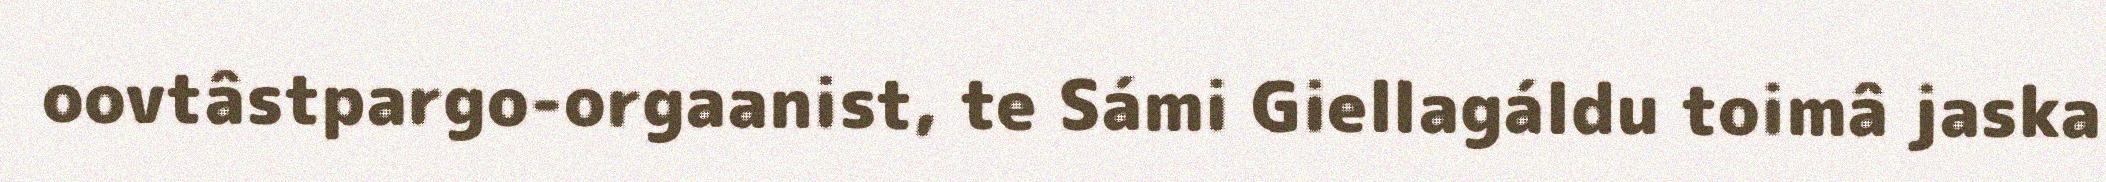
oovtâstpargo-orgaanist, te Sámi Giellagáldu toimâ jaska